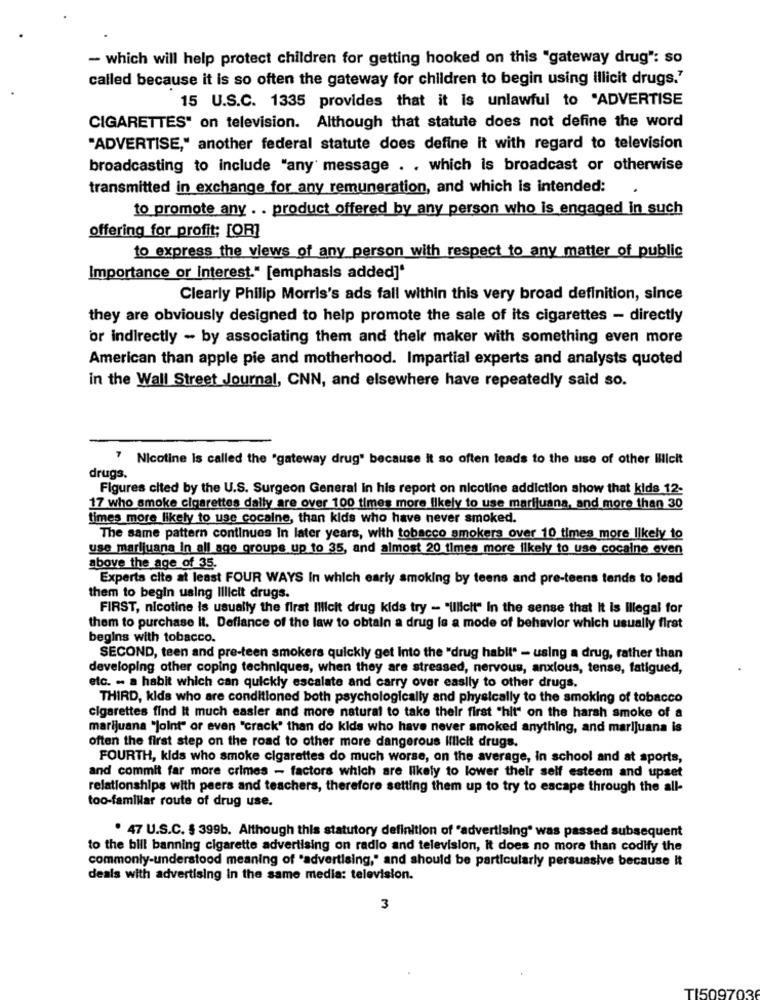
- which will help protect children for getting hooked on this "gateway drug": so
called because it is so often the gateway for children to begin using illicit drugs."
15 U.S.C. 1335 provides that it is unlawful to "ADVERTISE
CIGARETTES" on television. Although that statute does not define the word
"ADVERTISE," another federal statute does define it with regard to television
broadcasting to include "any' message . . which is broadcast or otherwise
transmitted in exchange for any remuneration, and which is intended:
to promote any . . product offered by any person who is engaged in such
offering for profit; [OR]
to express the views of any person with respect to any matter of public
Importance or interest." [emphasis added]*
Clearly Philip Morris's ads fall within this very broad definition, since
they are obviously designed to help promote the sale of its cigarettes - directly
or indirectly - by associating them and their maker with something even more
American than apple pie and motherhood. Impartial experts and analysts quoted
in the Wall Street Journal, CNN, and elsewhere have repeatedly said so.
7 Nicotine is called the "gateway drug" because It so often leads to the use of other Illicit
drugs.
Figures cited by the U.S. Surgeon General In his report on nicotine addiction show that kids 12-
17 who smoke cigarettes dally are over 100 times more likely to use marijuana, and more than 30
times more likely to use cocaine, than kids who have never smoked.
The same pattern continues In later years, with tobacco smokers over 10 times more likely to
use marijuana in all age groups up to 35, and almost 20 times more likely to use cocaine even
above the age of 35.
Experta cite at least FOUR WAYS In which early smoking by teens and pre-teens tends to lead
them to begin using Illicit drugs.
FIRST, nicotine is usually the first Illicit drug kids try - "illicit" In the sense that It is Illegal for
them to purchase It. Deflance of the law to obtain a drug is a mode of behavior which usually first
begins with tobacco.
SECOND, teen and pre-teen smokers quickly get Into the "drug habit" - using a drug, rather than
developing other coping techniques, when they are stressed, nervous, anxious, tense, fatigued,
etc. - a habit which can quickly escalate and carry over easily to other drugs.
THIRD, kids who are conditioned both psychologically and physically to the smoking of tobacco
cigarettes find it much easier and more natural to take their first "hit" on the harsh smoke of a
marijuana "joint" or even "crack' than do kids who have never smoked anything, and marijuana is
often the first step on the road to other more dangerous lilleit drugs.
FOURTH, kids who smoke cigarettes do much worse, on the average, in school and at sports,
and commit far more crimes - factors which are likely to lower their self esteem and upset
relationships with peers and teachers, therefore setting them up to try to escape through the all-
too-familiar route of drug use.
. 47 U.S.C. § 399b. Although this statutory definition of "advertising" was passed subsequent
to the bill banning cigarette advertising on radio and television, it does no more than codify the
commonly-understood meaning of "advertising," and should be particularly persuasive because it
deals with advertising in the same media: television.
3
T1509703